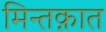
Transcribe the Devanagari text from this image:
मिन्तक़ात